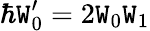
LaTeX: \hbar\mathtt{W}_{0}^{\prime}=2\mathtt{W}_{0}\mathtt{W}_{1}